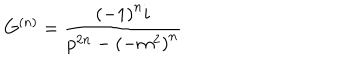
G ^ { \left( n \right) } = \frac { { \left( - 1 \right) } ^ { n } i } { p ^ { 2 n } - { \left( - m ^ { 2 } \right) } ^ { n } }